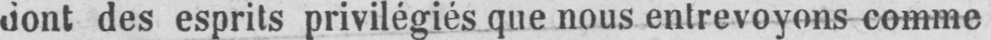
dont des esprits privilégiés que nous entrevoyons comme